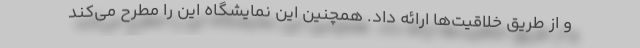
و از طریق خلاقیت‌ها ارائه داد. همچنین این نمایشگاه این را مطرح می‌کند